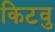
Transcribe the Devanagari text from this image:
किटवु